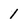
Character: 1